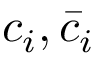
c _ { i } , { \bar { c } } _ { i }